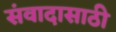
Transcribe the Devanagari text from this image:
संवादासाठी